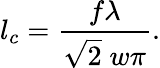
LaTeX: l_{c}=\frac{f\lambda}{\sqrt{2}\; w\pi}.